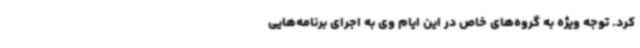
کرد. توجه ویژه به گروه‌های خاص در این ایام وی به اجرای برنامه‌هایی